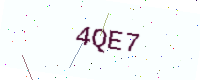
Text: 4QE7